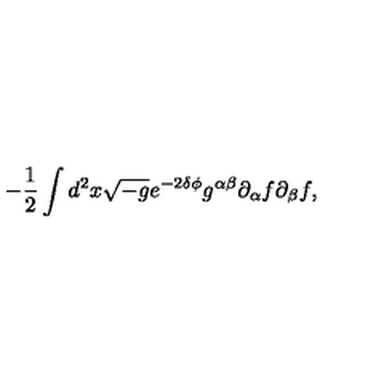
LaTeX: - \frac { 1 } { 2 } \int d ^ { 2 } x \sqrt { - g } e ^ { - 2 \delta \phi } g ^ { \alpha \beta } \partial _ { \alpha } f \partial _ { \beta } f ,